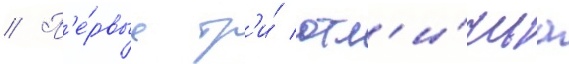
// П'е́рвые тр'и́ отл'и́чиа